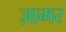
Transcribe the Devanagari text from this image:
ज़ामर